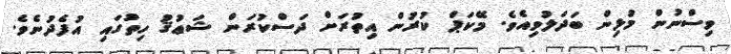
ވިސްނުން މުޅިން ބަދަލުވިއެވެ. މޭކަޕް ކުރުން އިތުރަށް ދަސްކުރަން ޝަޢުޤު ހިތުގައި އުފެދުނެވެ.